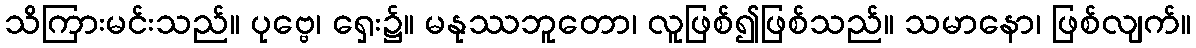
သိကြားမင်းသည်။ ပုဗ္ဗေ၊ ရှေး၌။ မနုဿဘူတော၊ လူဖြစ်၍ဖြစ်သည်။ သမာနော၊ ဖြစ်လျက်။